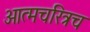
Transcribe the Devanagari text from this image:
आत्मचरित्रच